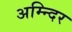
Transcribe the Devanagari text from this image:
अम्न्दिर